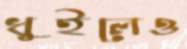
ধুইলেও